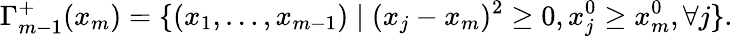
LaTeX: \Gamma_{m-1}^{+}(x_{m})=\{ (x_{1},\ldots,x_{m-1})\mid(x_{j}-x_{m})^{2}\ge 0,x_{j}^{0}\ge x_{m}^{0},\forall j\} .